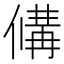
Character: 𬿗